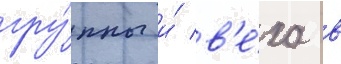
гру́ппы и́ в'е́ха в